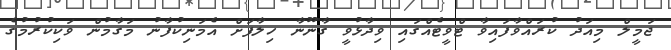
ޖަމީލް މިއަދު ކުރައްވާފައިވާ ޓްވީޓެއްގައި ވިދާޅުވީ ގާނޫނާ ހިލާފަށް އެމަނިކުފާނު މަގާމުން ވަކިކުރުމުގެ